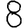
Digit: 8